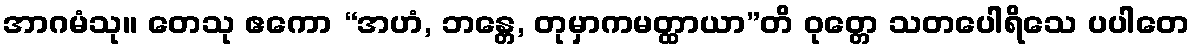
အာဂမံသု။ တေသု ဧကော “အဟံ, ဘန္တေ, တုမှာကမတ္ထာယာ”တိ ဝုတ္တေ သတပေါရိသေ ပပါတေ